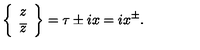
\left\{ \begin{array} { c } { z } \\ { \overline { z } } \\ \end{array} \right\} = \tau \pm i x = i x ^ { \pm } .